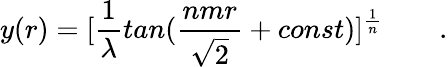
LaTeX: y(r)=[{\frac{1}{\lambda}}tan({\frac{nmr}{\sqrt 2}}+const)]^{\frac{1}{n}}\qquad.